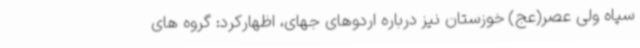
سپاه ولی عصر(عج) خوزستان نیز درباره اردوهای جهای، اظهارکرد: گروه های